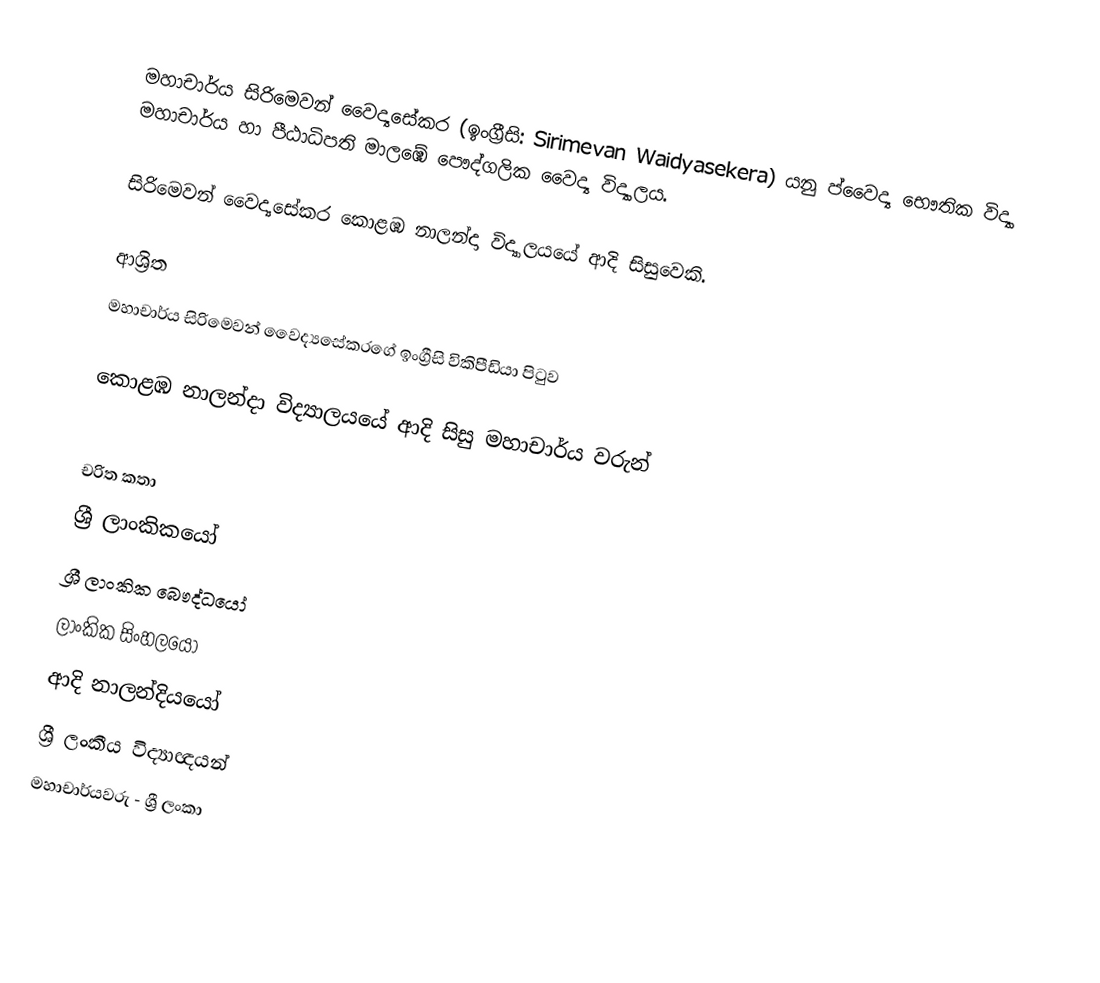
මහාචාර්ය සිරිමෙවන් වෛද්‍යසේකර (ඉංග්‍රීසි: Sirimevan Waidyasekera) යනු ප්‍වෛද්‍ය භෞතික විද්‍යා මහාචාර්ය හා පීඨාධිපති මාලඹේ පෞද්ගලික වෛද්‍ය විද්‍යාලය.

සිරිමෙවන් වෛද්‍යසේකර  කොළඹ නාලන්දා විද්‍යාලයයේ ආදි සිසුවෙකි.

ආශ්‍රිත
  මහාචාර්ය සිරිමෙවන් වෛද්‍යසේකරගේ ඉංග්‍රීසි විකිපීඩියා පිටුව

 කොළඹ නාලන්දා විද්‍යාලයයේ ආදි සිසු මහාචාර්ය වරුන්

චරිත කතා
ශ්‍රී ලාංකිකයෝ
ශ්‍රී ලාංකික බෞද්ධයෝ
ලාංකික සිංහලයෝ
ආදි නාලන්දියයෝ
ශ්‍රී ලංකීය විද්‍යාඥයන්
මහාචාර්යවරු - ශ්‍රී ලංකා